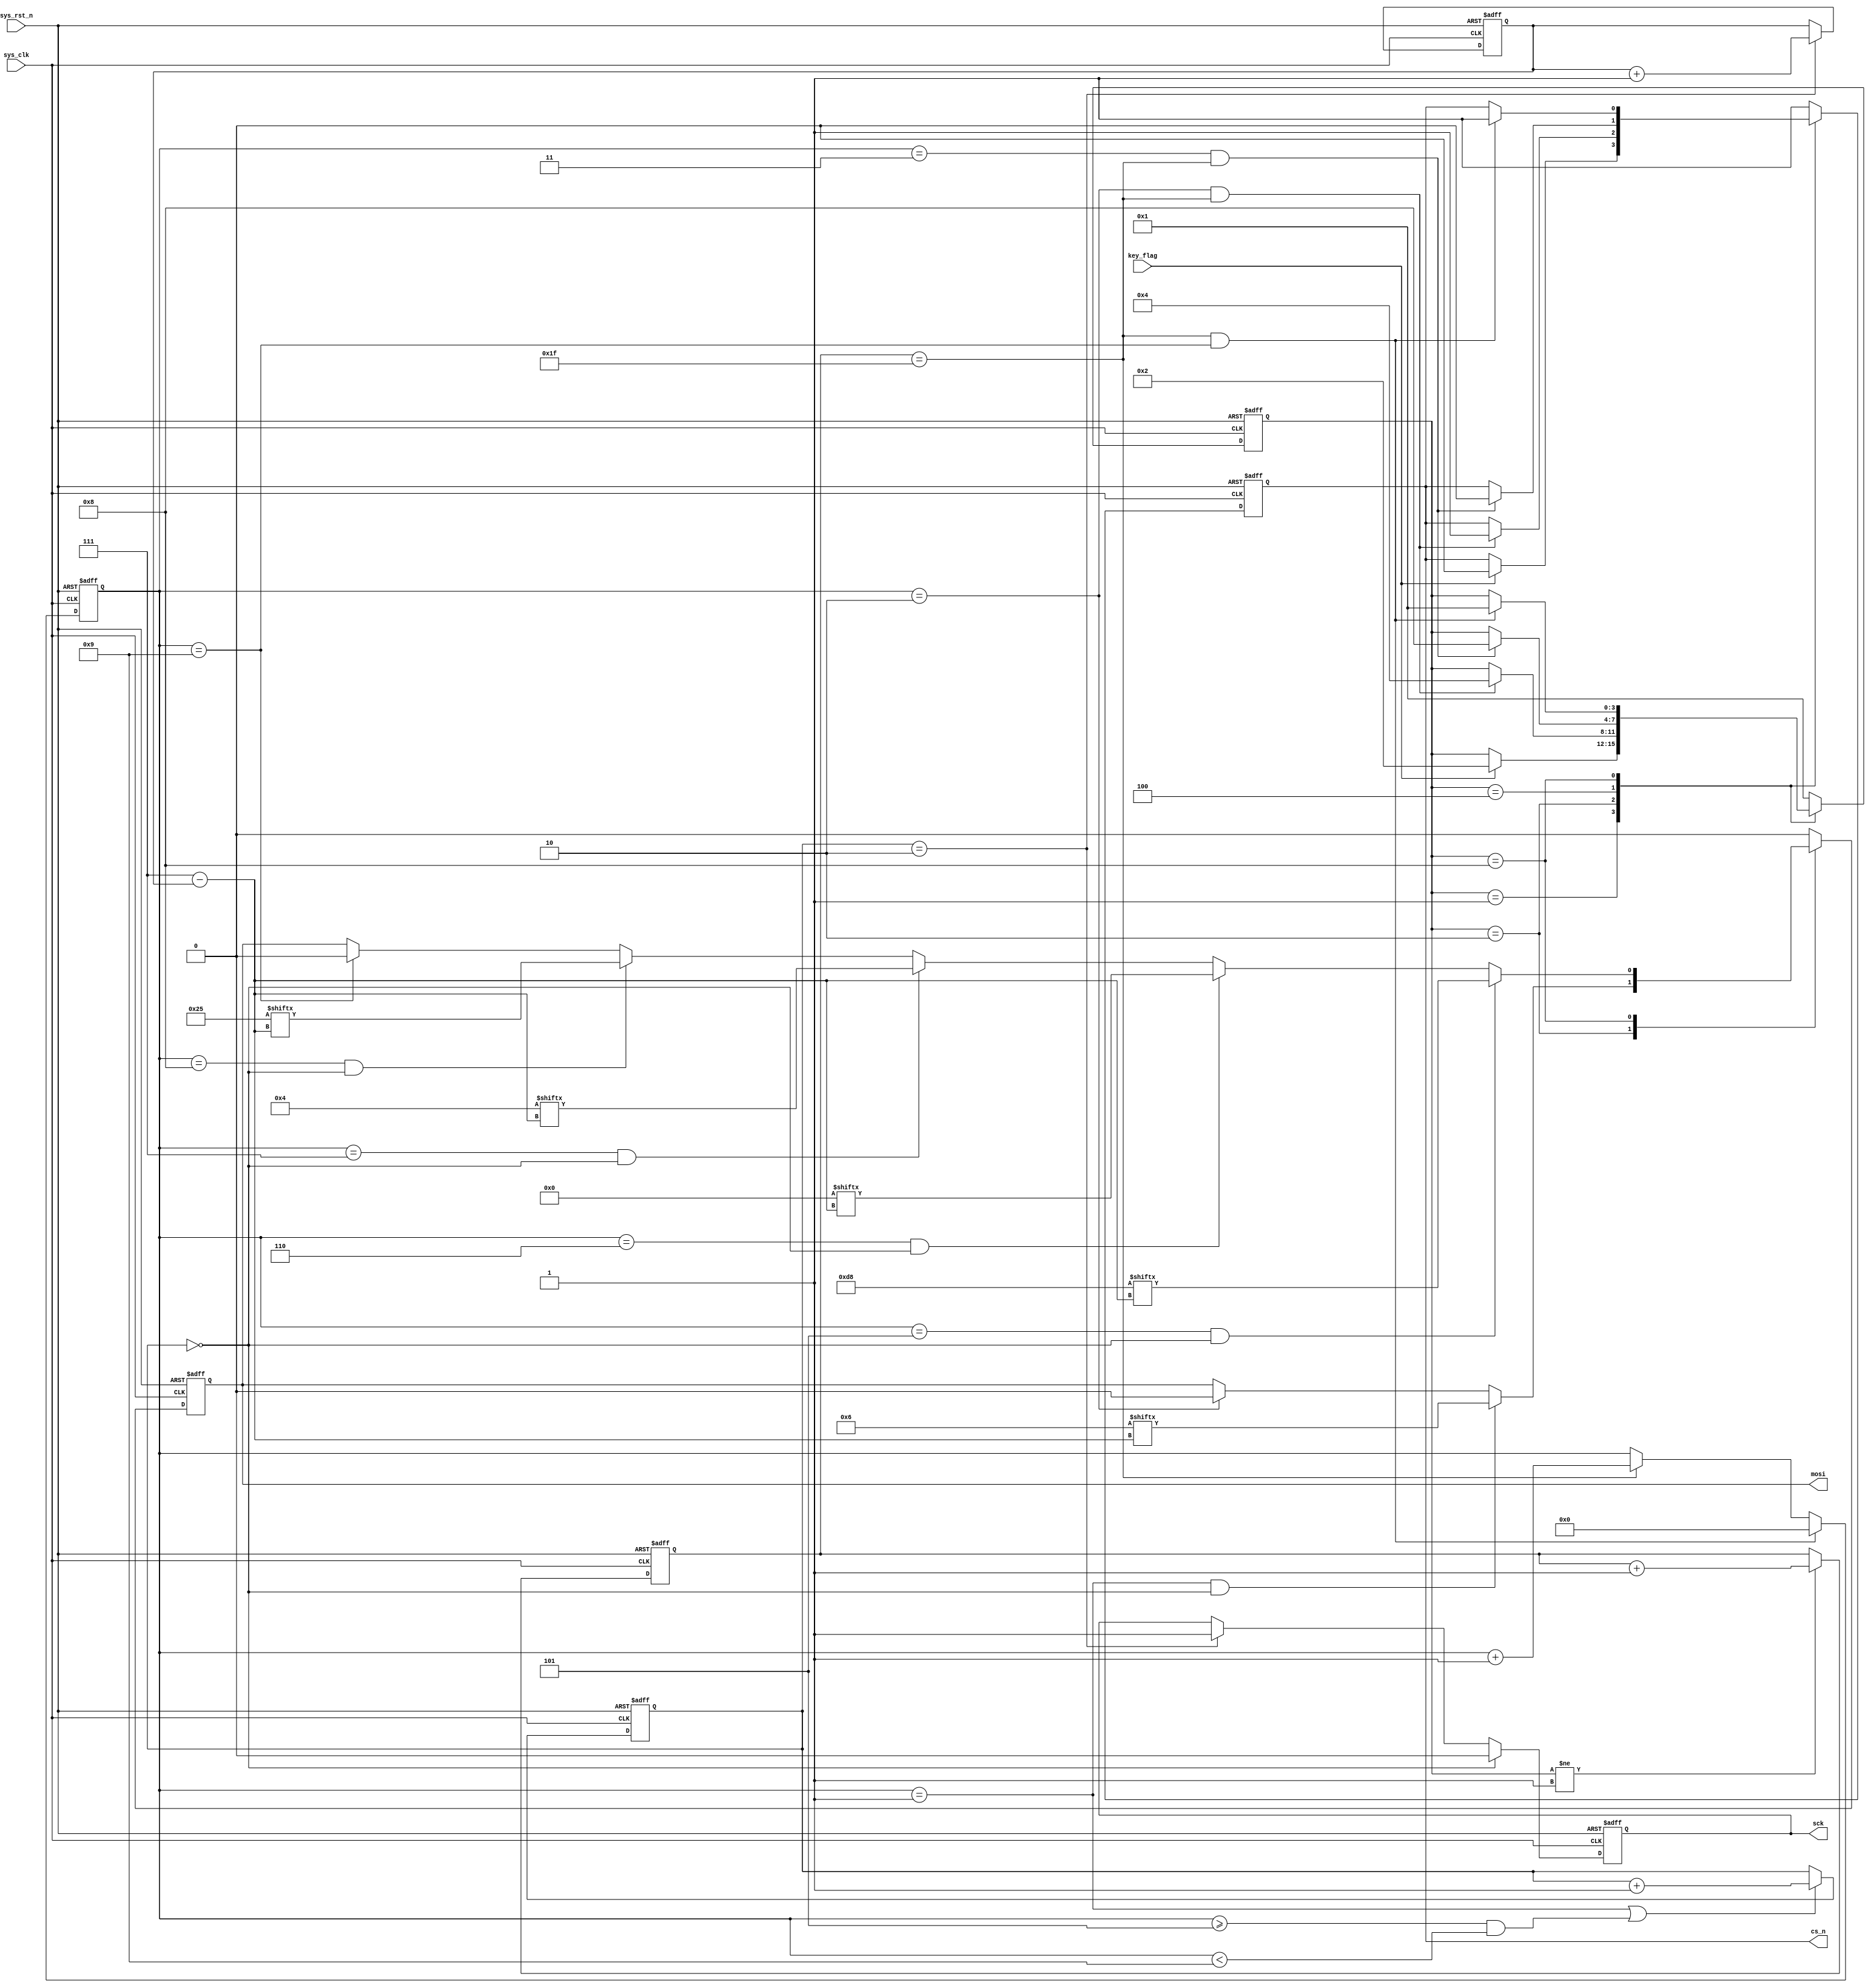
module  flash_se_ctrl
(
    input   wire            sys_clk     ,
    input   wire            sys_rst_n   ,
    input   wire            key_flag    ,
    
    output  reg             sck         ,
    output  reg             cs_n        ,
    output  reg             mosi        
);

parameter   IDLE    = 4'b0001,
            WR_EN   = 4'b0010,
            DELAY   = 4'b0100,
            SE      = 4'b1000;
            
parameter   WR_IN   = 8'b0000_0110,
            SE_IN   = 8'b1101_1000,
            SE_ADR1 = 8'b0000_0000,//sector 0
            SE_ADR2 = 8'b0000_0100,
            SE_ADR3 = 8'b0010_0101;
            /* SE_ADR  = 24'b0000_0000_0000_0100_0010_0101; *///

reg     [4:0]   cnt_clk ;
reg     [3:0]   state   ;
reg     [3:0]   cnt_byte;
reg     [1:0]   cnt_sck ;
reg     [2:0]   cnt_bit;

always@(posedge sys_clk or negedge sys_rst_n)
    if(sys_rst_n == 1'b0)
        cnt_clk <= 5'd0;
    else if(state != IDLE)
        cnt_clk <= cnt_clk + 1'b1;

always@(posedge sys_clk or negedge sys_rst_n)
    if(sys_rst_n == 1'b0)
        cnt_byte <= 4'd0;
    else if(cnt_clk == 5'd31 && cnt_byte == 4'd9)//9
        cnt_byte <= 4'd0;
    else if(cnt_clk == 5'd31)
        cnt_byte <= cnt_byte + 1'b1;

always@(posedge sys_clk or negedge sys_rst_n)
    if(sys_rst_n == 1'b0)
        cnt_sck <= 2'd0;
    else if(cnt_byte == 4'd1 || (cnt_byte >= 4'd5 && cnt_byte < 4'd9))//5678
        cnt_sck <= cnt_sck + 1'b1;

always@(posedge sys_clk or negedge sys_rst_n)
    if(sys_rst_n == 1'b0)
        cnt_bit <= 3'd0;
    else if(cnt_sck == 2'd2)
        cnt_bit <= cnt_bit + 1'b1;

always@(posedge sys_clk or negedge sys_rst_n)
    if(sys_rst_n == 1'b0)
        state <= IDLE;
    else
        case(state)
            IDLE  : 
                    if(key_flag == 1'b1)
                        state <= WR_EN;
            WR_EN : 
                    if(cnt_byte == 4'd2 && cnt_clk == 5'd31)
                        state <= DELAY;
            DELAY : 
                    if(cnt_byte == 4'd3 && cnt_clk == 5'd31)
                        state <= SE;
            SE    : 
                   if(cnt_byte == 4'd9 && cnt_clk == 5'd31)//9
                        state <= IDLE;
            default: state <= IDLE;
        endcase

always@(posedge sys_clk or negedge sys_rst_n)
    if(sys_rst_n == 1'b0)
        cs_n <= 1'b1;
    else
        case(state)
            IDLE  :
                    if(key_flag == 1'b1)
                        cs_n <= 1'b0;
            WR_EN :
                    if(cnt_byte == 4'd2 && cnt_clk == 5'd31)
                        cs_n <= 1'b1;
            DELAY :
                    if(cnt_byte == 4'd3 && cnt_clk == 5'd31)
                        cs_n <= 1'b0;
            SE    :
                    if(cnt_byte == 4'd9 && cnt_clk == 5'd31)
                        cs_n <= 1'b1;
            default: cs_n <= 1'b1;
        endcase

always@(posedge sys_clk or negedge sys_rst_n)
    if(sys_rst_n == 1'b0)
        mosi <= 1'b0;
    else 
        case(state)
            IDLE  :
                        mosi <= 1'b0;
            WR_EN :
                    if(cnt_byte == 4'd1 && cnt_sck == 2'd0)
                        mosi <= WR_IN[7 - cnt_bit];
                    else if(cnt_byte == 4'd2)
                        mosi <= 1'b0;
            DELAY :
                        mosi <= 1'b0;
            SE    :
                    if(cnt_byte == 4'd5 && cnt_sck == 2'd0)//678 = address
                        mosi <= SE_IN[7 - cnt_bit];
                    else if(cnt_byte == 4'd6 && cnt_sck == 2'd0)
                        mosi <= SE_ADR1[7 - cnt_bit];
                    else if(cnt_byte == 4'd7 && cnt_sck == 2'd0)
                        mosi <= SE_ADR2[7 - cnt_bit];
                    else if(cnt_byte == 4'd8 && cnt_sck == 2'd0)
                        mosi <= SE_ADR3[7 - cnt_bit];
                    else if(cnt_byte == 4'd9)//9
                        mosi <= 1'b0;
            default: mosi <= 1'b0;
        endcase

always@(posedge sys_clk or negedge sys_rst_n)
    if(sys_rst_n == 1'b0)
        sck <= 1'b0;
    else if(cnt_sck == 2'd0)
        sck <= 1'b0;
    else if(cnt_sck == 2'd2)
        sck <= 1'b1;
        
endmodule